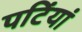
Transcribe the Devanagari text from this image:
पटिंयां